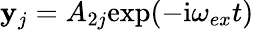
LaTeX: \mathbf{y}_{j}=A_{2j}\mathrm{{exp}}(-\mathrm{{i}}\omega_{ex}t)